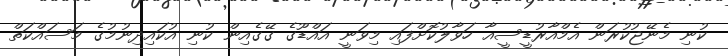
ކުނި މެނޭޖުކުރަން އެމްއާރުޑީސީއާ ހަވާލުކޮށްފައި މިވަނީ އައްޑޫގެ ގޭގެއިން ކުނި އުކައިދިނުމުގެ މަސައްކަތް